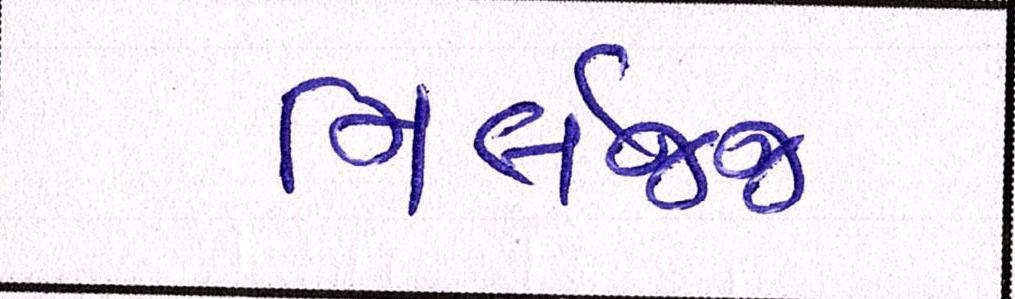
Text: નિર્લજ્જ